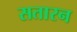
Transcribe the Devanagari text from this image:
सतारन